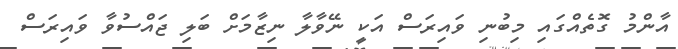
އާންމު ގޮތެއްގައި މިބުނި ވައިރަސް އަކީ ނޭވާލާ ނިޒާމަށް ބަލި ޖައްސުވާ ވައިރަސް